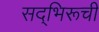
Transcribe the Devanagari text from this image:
सद्‌भिरूची